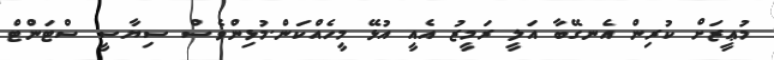
މުޢީޒަށް ކުރިން އެނގޭބާ އަލީ ރަމީޒު އެއީ އުޅޭ މީހެއްކަން.މުޅިންވެސް ސިޔާސީ ސްޓަންޓް